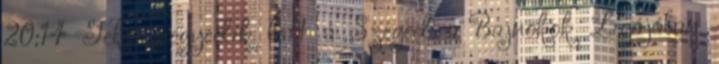
20:14 Teke: negyedik lett a Szeged a Bajnokok Ligájában